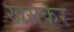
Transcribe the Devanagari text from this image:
खसकर